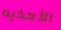
الأحذيه